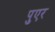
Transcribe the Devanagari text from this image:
पुएर